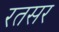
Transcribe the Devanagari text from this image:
रतसर